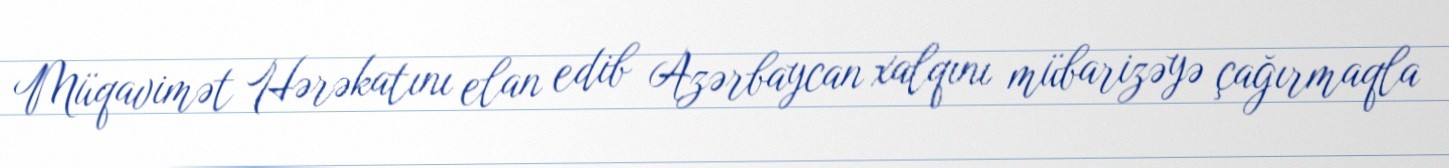
Müqavimət Hərəkatını elan edib Azərbaycan xalqını mübarizəyə çağırmaqla